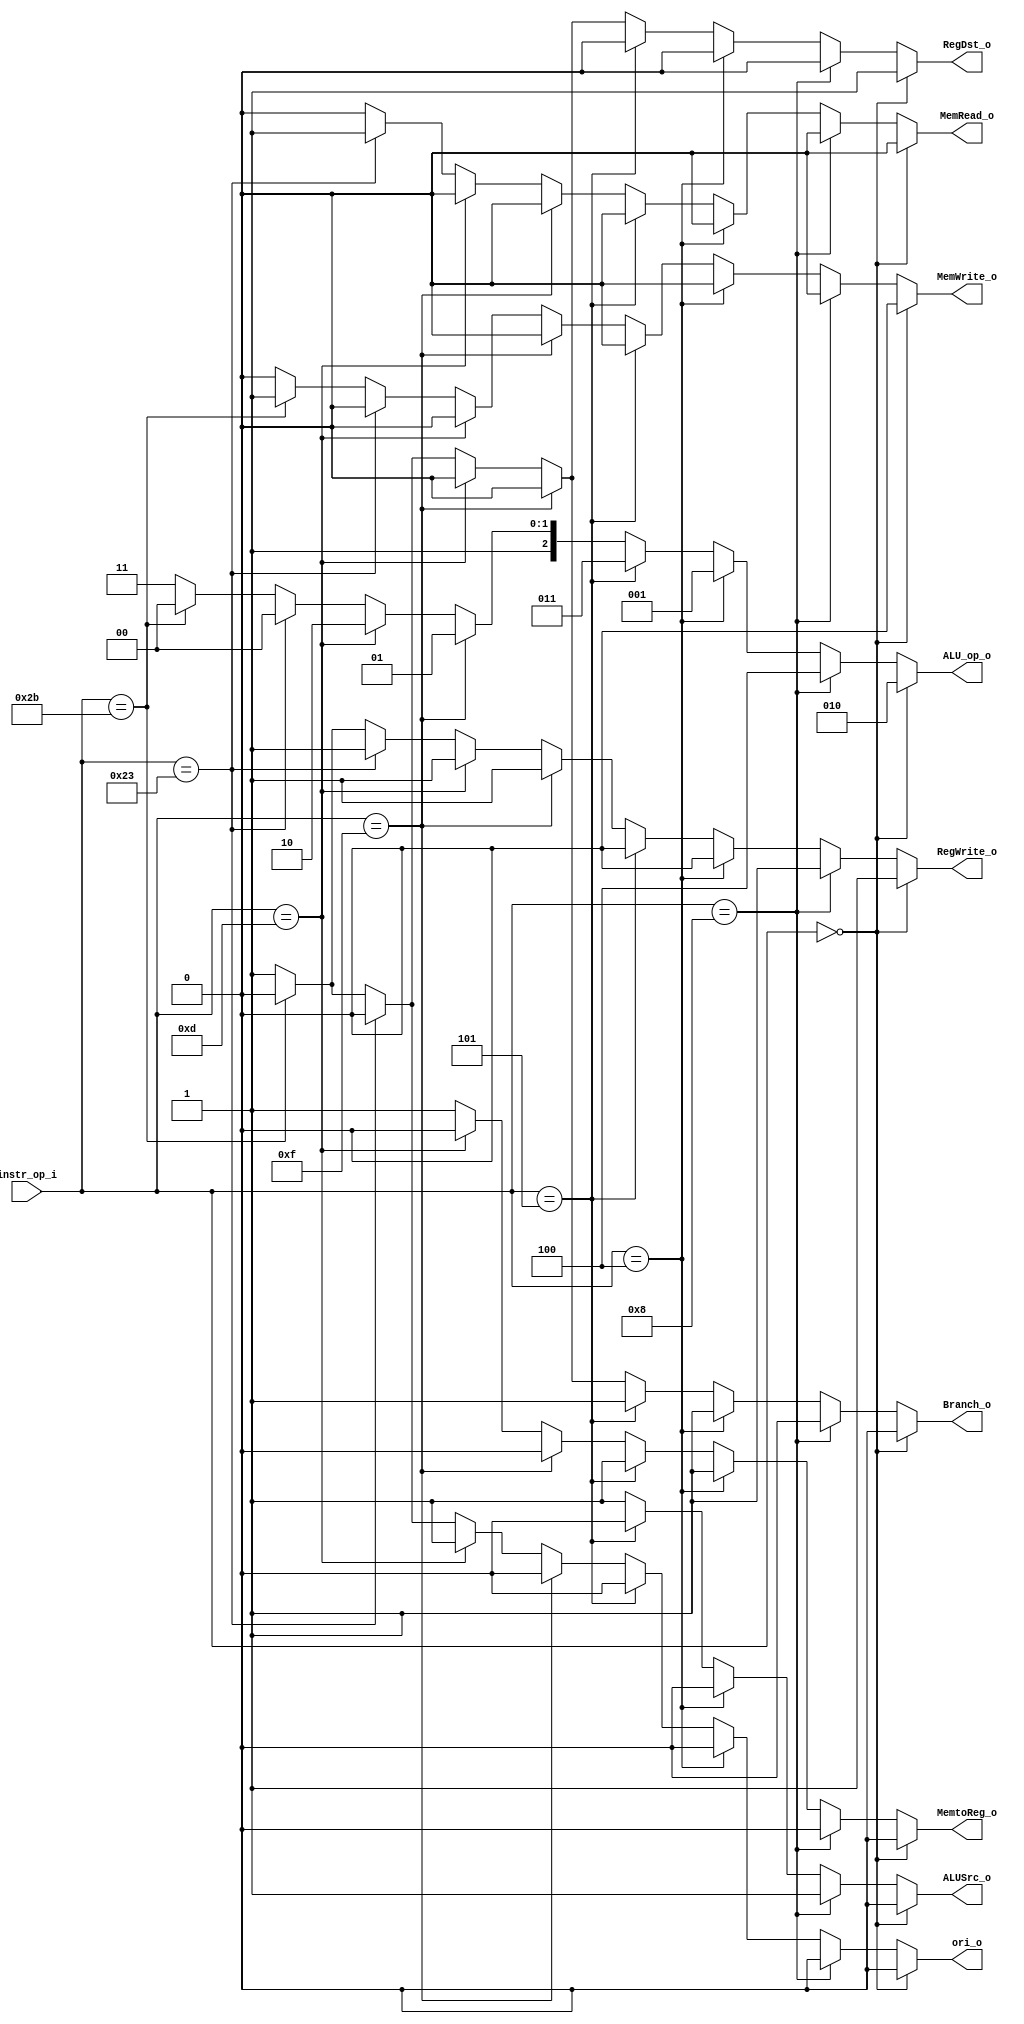
//Writer:      0416021 0416246

module Decoder(
    instr_op_i,
	RegWrite_o,
	ALU_op_o,
	ALUSrc_o,
	RegDst_o,
	Branch_o,
	ori_o,
	MemRead_o,
	MemWrite_o,
	MemtoReg_o
	);
     
//I/O ports
input  [6-1:0] instr_op_i;

output         RegWrite_o;
output [3-1:0] ALU_op_o;
output         ALUSrc_o;
output         RegDst_o;
output         Branch_o;
output			ori_o;
output			MemRead_o;
output			MemWrite_o;
output         MemtoReg_o;
 
//Internal Signals
reg    [3-1:0] ALU_op_o;
reg            ALUSrc_o;
reg            RegWrite_o;
reg            RegDst_o;
reg            Branch_o;
reg				ori_o;
reg				MemRead_o;
reg				MemWrite_o;
reg	 		   MemtoReg_o;

//Parameter


//Main function
always@(*)
begin
	if(instr_op_i == 6'b000000) // r-type
	begin
		RegDst_o = 1'b1;
		ALUSrc_o = 1'b0;
		RegWrite_o = 1'b1;
		Branch_o = 1'b0;
		ALU_op_o = 3'b010;
		ori_o = 1'b0;
		MemRead_o = 1'b0;
		MemWrite_o = 1'b0;
		MemtoReg_o = 1'b0;
	end
	else if(instr_op_i == 6'b001000) //i-type
	begin
		RegDst_o = 1'b0;
		ALUSrc_o = 1'b1;
		RegWrite_o = 1'b1;
		Branch_o = 1'b0;
		ALU_op_o = 3'b100;
		ori_o = 1'b0;
		MemRead_o = 1'b0;
		MemWrite_o = 1'b0;
		MemtoReg_o = 1'b0;
	end
	else if(instr_op_i == 6'b000100) //beq
	begin
		RegDst_o = 1'b0;
		ALUSrc_o = 1'b0;
		RegWrite_o = 1'b0;
		Branch_o = 1'b1;
		ALU_op_o = 3'b001;
		ori_o = 1'b0;
		MemRead_o = 1'b0;
		MemWrite_o = 1'b0;
		MemtoReg_o = 1'b1;
	end
	else if(instr_op_i == 6'b000101) //bne
	begin
		RegDst_o = 1'b0;
		ALUSrc_o = 1'b0;
		RegWrite_o = 1'b0;
		Branch_o = 1'b1;
		ALU_op_o = 3'b011;
		ori_o = 1'b0;
		MemRead_o = 1'b0;
		MemWrite_o = 1'b0;
		MemtoReg_o = 1'b1;
	end
	else if(instr_op_i == 6'b001111) //load upper
	begin
		RegDst_o = 1'b0;
		ALUSrc_o = 1'b1;
		RegWrite_o = 1'b1;
		Branch_o = 1'b0;
		ALU_op_o = 3'b101;
		ori_o = 1'b0;
		MemRead_o = 1'b0;
		MemWrite_o = 1'b0;
		MemtoReg_o = 1'b0;
	end
	else if(instr_op_i == 6'b001101) //ori
	begin
		RegDst_o = 1'b0;
		ALUSrc_o = 1'b1;
		RegWrite_o = 1'b1;
		Branch_o = 1'b0;
		ALU_op_o = 3'b110;
		ori_o = 1'b1;
		MemRead_o = 1'b0;
		MemWrite_o = 1'b0;
		MemtoReg_o = 1'b0;
	end
	else if(instr_op_i == 6'b100011) //lw
	begin
		RegDst_o = 1'b0;
		ALUSrc_o = 1'b1;
		RegWrite_o = 1'b1;
		Branch_o = 1'b0;
		ALU_op_o = 3'b100;
		ori_o = 1'b0;
		MemRead_o = 1'b1;
		MemWrite_o = 1'b0;
		MemtoReg_o = 1'b1;
	end
	else if(instr_op_i == 6'b101011) //sw
	begin
		RegDst_o = 1'b0;
		ALUSrc_o = 1'b1;
		RegWrite_o = 1'b0;
		Branch_o = 1'b0;
		ALU_op_o = 3'b100;
		ori_o = 1'b0;
		MemRead_o = 1'b0;
		MemWrite_o = 1'b1;
		MemtoReg_o = 1'b1;
	end
	else
	begin
		RegDst_o = 1'b1;
		ALUSrc_o = 1'b1;
		RegWrite_o = 1'b1;
		Branch_o = 1'b1;
		ALU_op_o = 3'b111;
		ori_o = 1'b1;
		MemRead_o = 1'b0;
		MemWrite_o = 1'b0;
		MemtoReg_o = 1'b1;
	end
end


endmodule